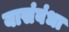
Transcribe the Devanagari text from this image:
यासंबंधा